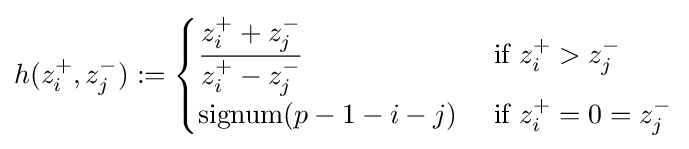
h(z_{i}^{+},z_{j}^{-}):={\begin{cases}\displaystyle {\frac {z_{i}^{+}+z_{j}^{-}}{z_{i}^{+}-z_{j}^{-}}}&{\text{ if }}z_{i}^{+}>z_{j}^{-}\\\operatorname {signum} (p-1-i-j)&{\text{ if }}z_{i}^{+}=0=z_{j}^{-}\end{cases}}